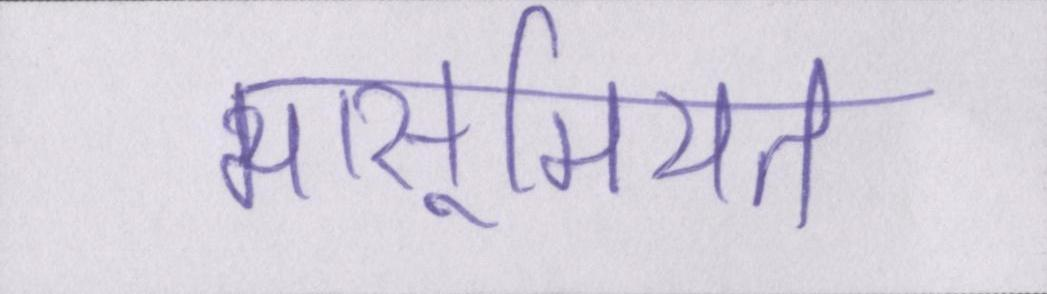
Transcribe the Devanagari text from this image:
मासूमियत